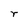
Character: r